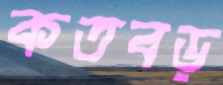
কতবড়